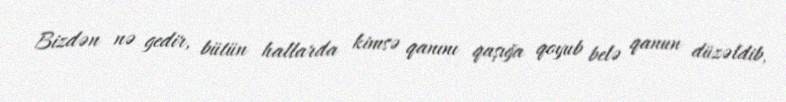
Bizdən nə gedir, bütün hallarda kimsə qanını qaşığa qoyub belə qanun düzəldib,